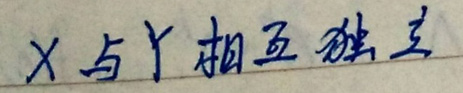
X与Y相互独立